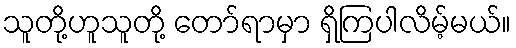
သူတို့ဟူသူတို့ တော်ရာမှာ ရှိကြပါလိမ့်မယ်။